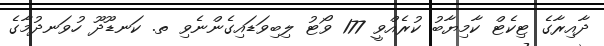
ދާއިރާގެ ޓިކެޓް ކާމިޔާބު ކުރެއްވީ 177 ވޯޓު ލިބިވަޑައިގެންނެވި ތ. ކަނޑޫދޫ ހުވަނދުމާގެ